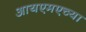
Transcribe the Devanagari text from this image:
आयएमएच्या